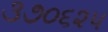
૩૭૦૬૨૫